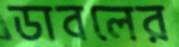
ডাবলের